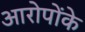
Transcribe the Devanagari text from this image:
आरोपोंके